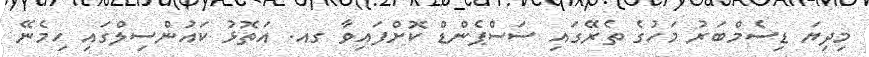
މިދިޔަ ޑިސެމްބަރު މަހުގެ ތެރޭގައި ސަސްޕެންޑް ކޮށްފައިވާ ގއ. އަތޮޅު ކައުންސިލްގައި ހިމެނޭ